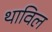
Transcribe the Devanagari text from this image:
थाविल